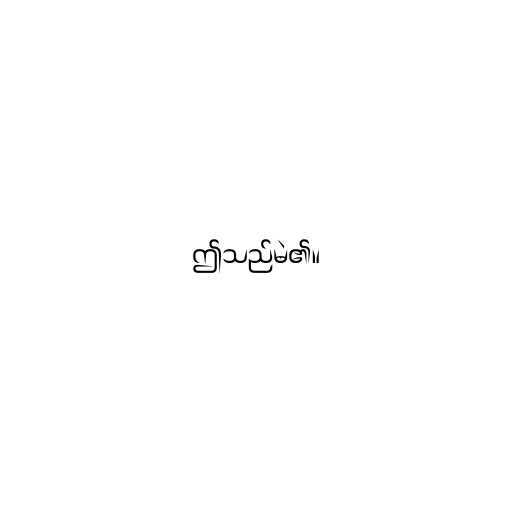
ဤသည်မဲ၏။